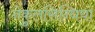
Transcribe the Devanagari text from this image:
नेकुलसिन्धिया